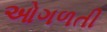
ઓગળતી